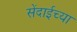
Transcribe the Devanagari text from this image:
सेंदाईच्या